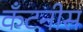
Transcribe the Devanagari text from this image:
कॅंटनीस